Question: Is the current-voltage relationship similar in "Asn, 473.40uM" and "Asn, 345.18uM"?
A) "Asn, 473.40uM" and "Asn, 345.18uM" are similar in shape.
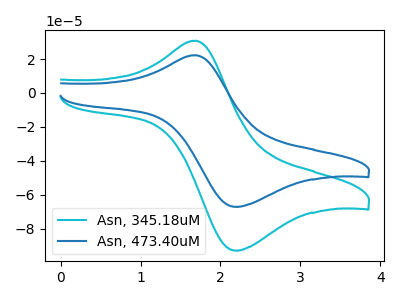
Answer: <think>The cyan curve "Asn, 345.18uM" has an anodic peak at (1.70V, 30.80uA) and a cathodic peak at (2.20V, -92.85uA). The blue curve "Asn, 473.40uM" has an anodic peak at (1.70V, 22.25uA) and a cathodic peak at (2.20V, -67.05uA).
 All the peaks in "Asn, 473.40uM" have a peak in "Asn, 345.18uM" at the same potential. Every peak in "Asn, 473.40uM" is lower than every peak in "Asn, 345.18uM".</think>
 <answer>A) "Asn, 473.40uM" and "Asn, 345.18uM" are similar in shape.</answer>
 <eval>A</eval>